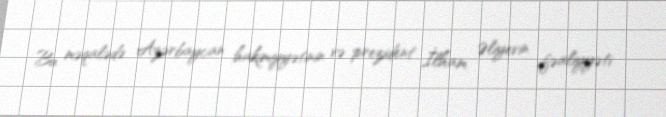
Bu məqalədə Azərbaycan hakimiyyətinin və prezident İlham Əliyevin fəaliyyəti